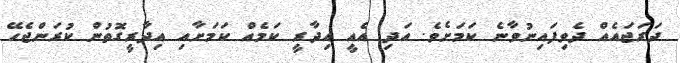
ދަރަޖައެއް ދެވިފައިނުވާނެ ކަމަށެވެ. އަދި އެއީ އިދާރީ ކަމެއް ކަމަށާއި އިދާރީގޮތުން ކުރަންޖެހޭ